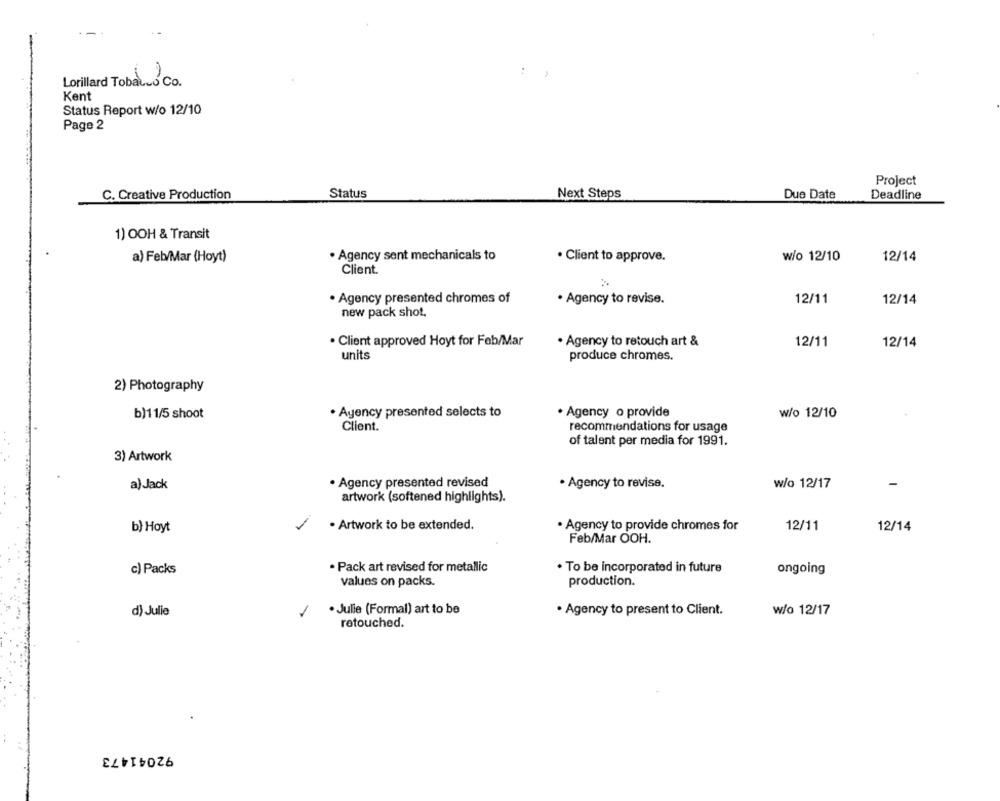
Lorillard Tobacco Co.
Kent
Status Report w/o 12/10
Page 2
Project
C. Creative Production
Status
Next Steps
Due Date
Deadline
1) OOH & Transit
. Agency sent mechanicals to
w/o 12/10
12/14
a) Feb/Mar (Hoyt)
· Client to approve.
Client.
. Agency presented chromes of
· Agency to revise.
12/11
12/14
new pack shot.
. Client approved Hoyt for Feb/Mar
· Agency to retouch art &
12/11
12/14
units
produce chromes.
2) Photography
b)11/5 shoot
. Agency presented selects to
· Agency o provide
w/o 12/10
Client.
recommendations for usage
of talent per media for 1991.
3) Artwork
a) Jack
· Agency presented revised
· Agency to revise.
w/o 12/17
-
artwork (softened highlights).
b) Hoyt
· Artwork to be extended.
· Agency to provide chromes for
12/11
12/14
Feb/Mar OOH.
. Pack art revised for metallic
. To be incorporated in future
ongoing
c) Packs
values on packs.
production.
d) Julie
· Julie (Formal) art to be
· Agency to present to Client.
w/o 12/17
retouched
92041473